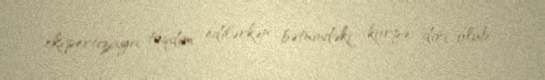
ekspertizaya təqdim edilərkən bətnindəki körpə diri olub.